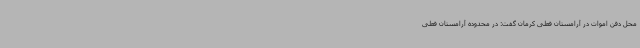
محل دفن اموات در آرامستان فعلی کرمان گفت: در محدوده آرامستان فعلی